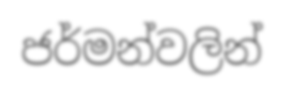
ජර්මන්වලින්